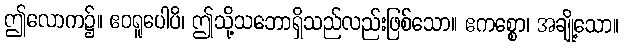
ဤလောက၌။ ဧဝရူပေါပိ၊ ဤသို့သဘောရှိသည်လည်းဖြစ်သော။ ဧကစ္စော၊ အချို့သော။